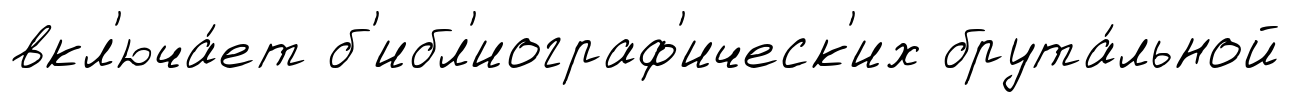
вкл'юча́ет б'ибл'иограф'ическ'их брута́льной